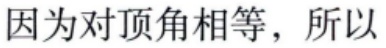
因为对顶角相等，所以